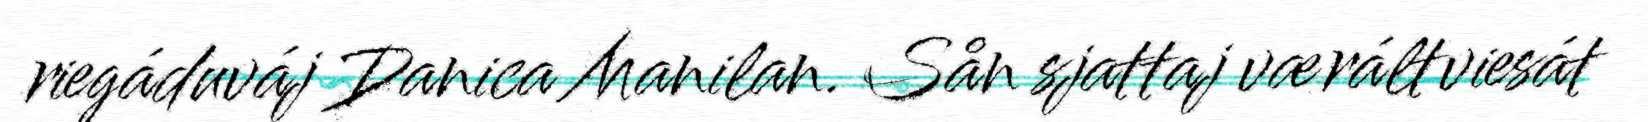
riegáduváj Danica Manilan. Sån sjattaj væráltviesát